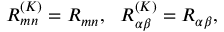
R _ { m n } ^ { ( K ) } = R _ { m n } , ~ ~ R _ { \alpha \beta } ^ { ( K ) } = R _ { \alpha \beta } ,